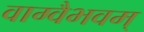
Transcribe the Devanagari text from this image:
वाग्वैभवम्